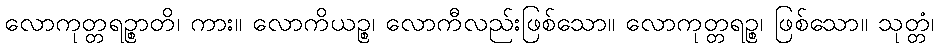
လောကုတ္တရဉ္စာတိ၊ ကား။ လောကိယဉ္စ၊ လောကီလည်းဖြစ်သော။ လောကုတ္တရဉ္စ၊ ဖြစ်သော။ သုတ္တံ၊